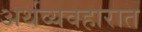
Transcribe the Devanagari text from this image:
अर्थव्यवहारात